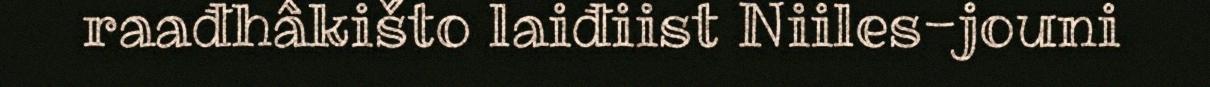
raađhâkišto laiđiist Niiles-jouni